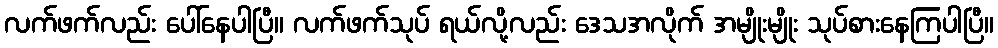
လက်ဖက်လည်း ပေါ်နေပါပြီ။ လက်ဖက်သုပ် ရယ်လို့လည်း ဒေသအလိုက် အမျိုးမျိုး သုပ်စားနေကြပါပြီ။